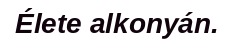
Élete alkonyán.